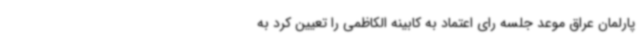
پارلمان عراق موعد جلسه رای اعتماد به کابینه الکاظمی را تعیین کرد به